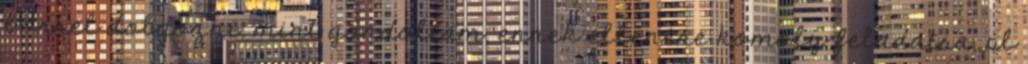
bőrrel dolgozni, mint gondoltam, ennek ellenére komoly feladatra, pl